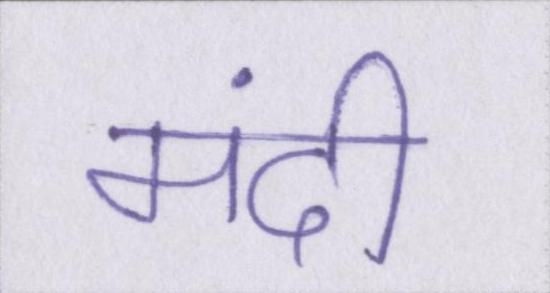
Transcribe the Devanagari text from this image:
मंदी